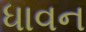
ધાવન